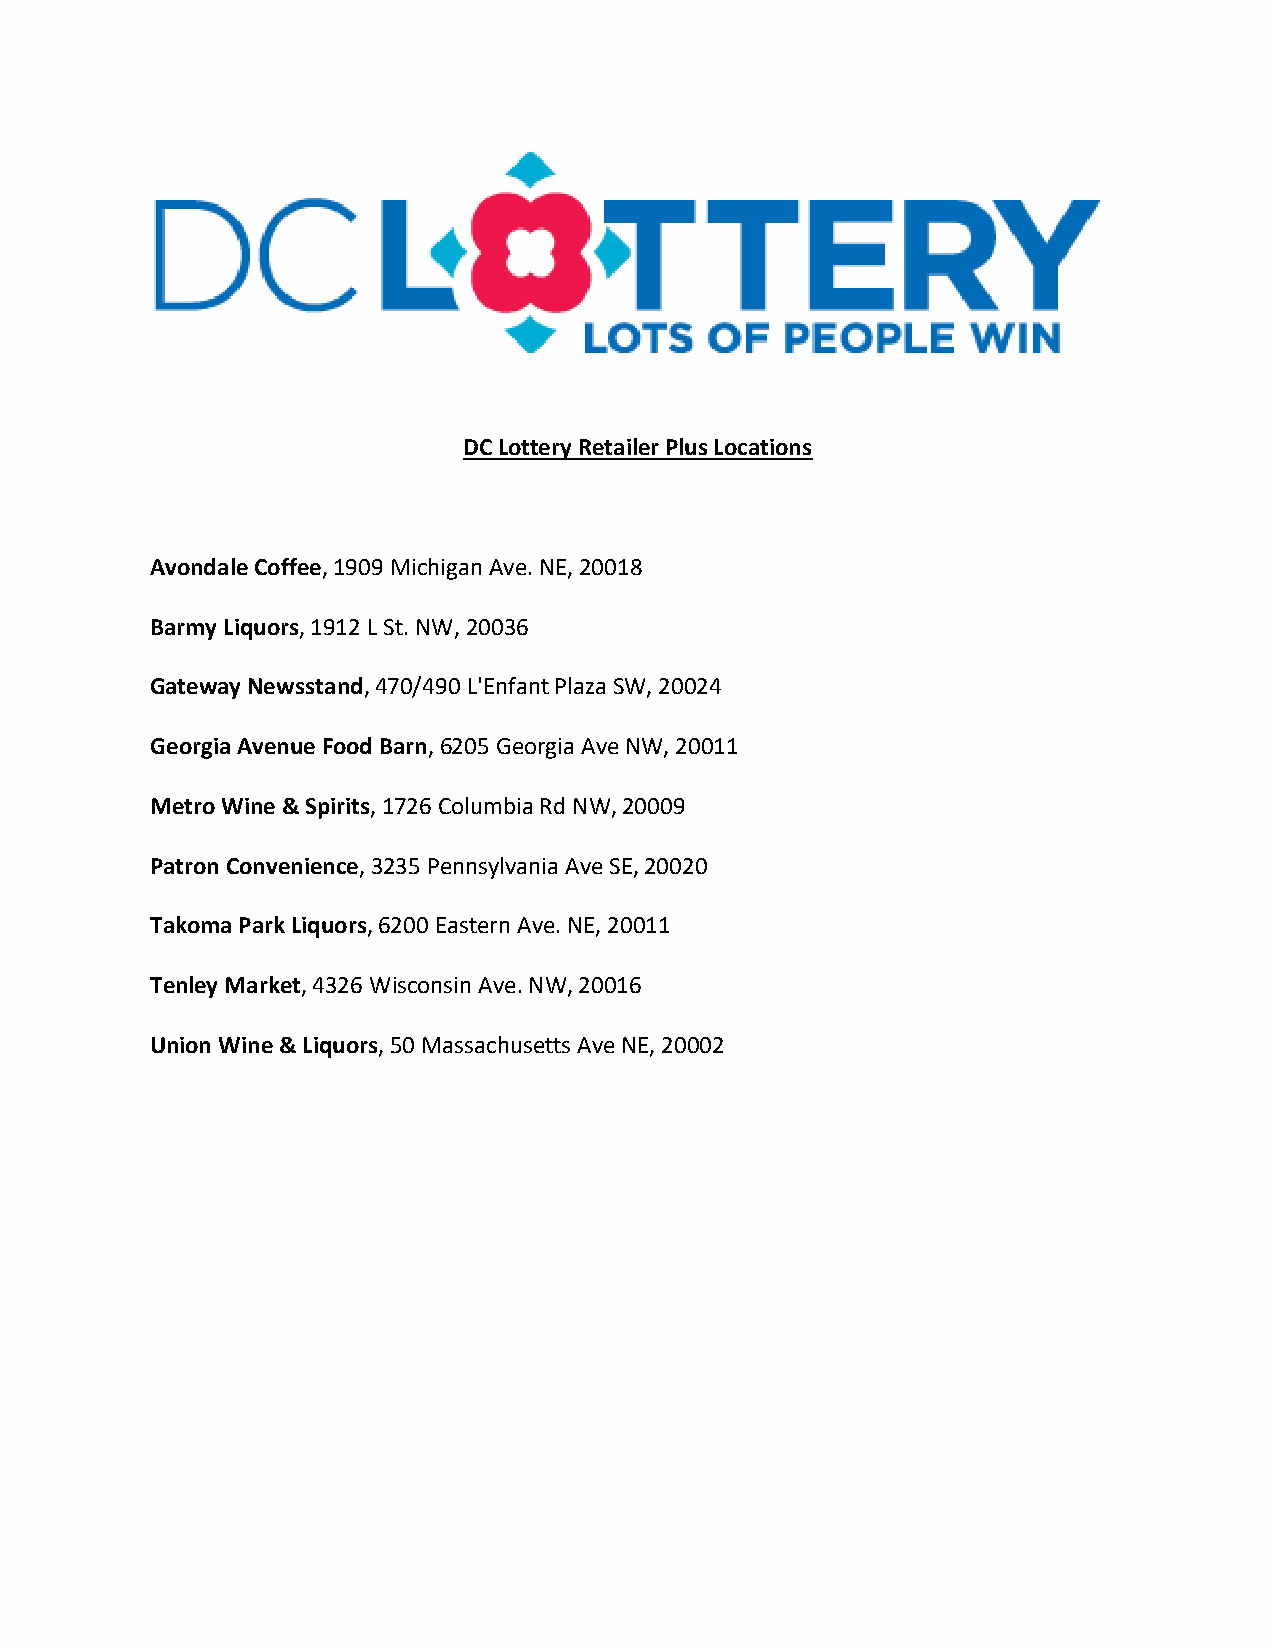
DC Lottery Retailer Plus Locations
 Avondale Coffee, 1909 Michigan Ave. NE, 20018
 Barmy Liquors, 1912 L St. NW, 20036
 Gateway Newsstand, 470/490 L'Enfant Plaza SW, 20024
 Georgia Avenue Food Barn, 6205 Georgia Ave NW, 20011
 Metro Wine & Spirits, 1726 Columbia Rd NW, 20009
 Patron Convenience, 3235 Pennsylvania Ave SE, 20020
 Takoma Park Liquors, 6200 Eastern Ave. NE, 20011
 Tenley Market, 4326 Wisconsin Ave. NW, 20016
 Union Wine & Liquors, 50 Massachusetts Ave NE, 20002